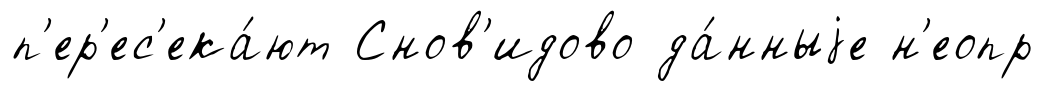
п'ер'ес'ека́ют Снов'идово да́нныjе н'еопр